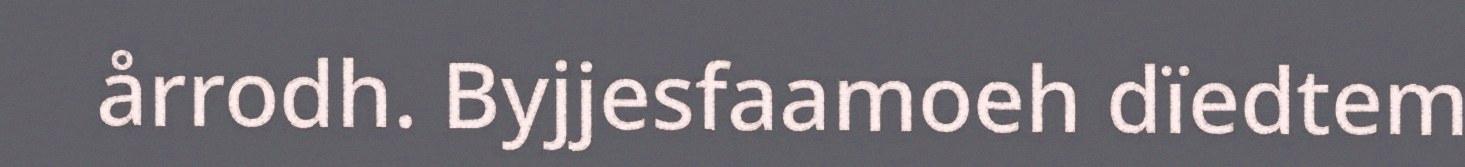
årrodh. Byjjesfaamoeh dïedtem